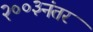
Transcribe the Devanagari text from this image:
२००३नंतर